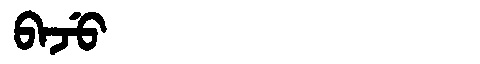
Manchu: ᠪᠠᠵᡠ
Romanization: BAJU